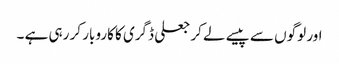
اور لوگوں سے پیسے لے کر جعلی ڈگری کا کاروبار کر رہی ہے ۔